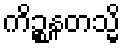
ကိဉ္စနတသ္မိ